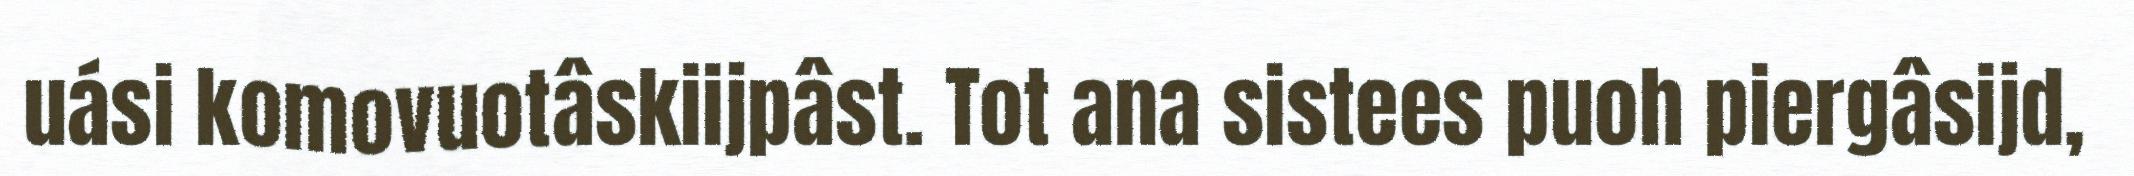
uási komovuotâskiijpâst. Tot ana sistees puoh piergâsijd,